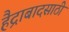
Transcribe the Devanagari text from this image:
हैद्राबादसाठी